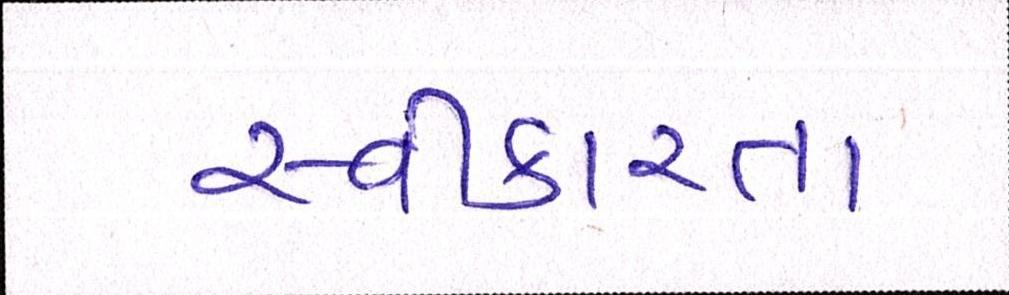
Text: સ્વીકારતા